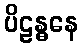
ပိဠန္ဓနေ